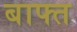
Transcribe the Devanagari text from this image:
बाफ्त